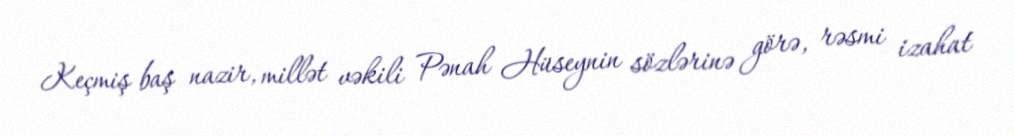
Keçmiş baş nazir, millət vəkili Pənah Hüseynin sözlərinə görə, rəsmi izahat